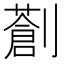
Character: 𠠈